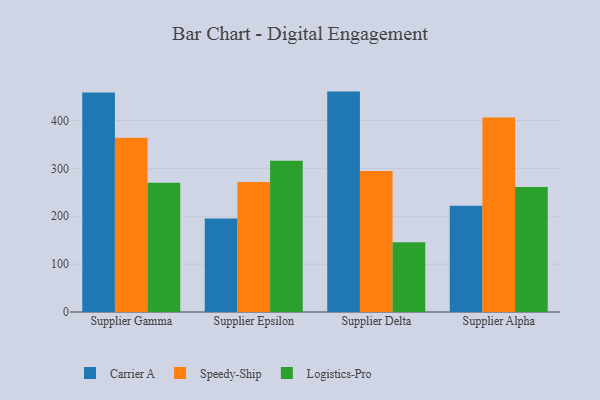
{"axis": {"x": "Supplier", "y": "Satisfaction Score"}, "legend": ["Carrier A", "Logistics-Pro", "Speedy-Ship"], "data": [{"x": "Supplier Gamma", "y": 458.3, "type": "Carrier A"}, {"x": "Supplier Gamma", "y": 363.8, "type": "Speedy-Ship"}, {"x": "Supplier Gamma", "y": 269.9, "type": "Logistics-Pro"}, {"x": "Supplier Epsilon", "y": 195.5, "type": "Carrier A"}, {"x": "Supplier Epsilon", "y": 271.6, "type": "Speedy-Ship"}, {"x": "Supplier Epsilon", "y": 316.0, "type": "Logistics-Pro"}, {"x": "Supplier Delta", "y": 460.4, "type": "Carrier A"}, {"x": "Supplier Delta", "y": 294.4, "type": "Speedy-Ship"}, {"x": "Supplier Delta", "y": 145.6, "type": "Logistics-Pro"}, {"x": "Supplier Alpha", "y": 222.1, "type": "Carrier A"}, {"x": "Supplier Alpha", "y": 406.2, "type": "Speedy-Ship"}, {"x": "Supplier Alpha", "y": 261.3, "type": "Logistics-Pro"}]}